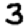
Digit: 3